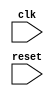
module behavioral_modeling_block (
    input wire clk, // clock signal
    input wire reset, // reset signal
    // add any other input/output ports here
    
);

// internal signals
reg prev_clk; // stores previous clock signal value
reg prev_reset; // stores previous reset signal value

// positive edge detection for clock signal
always @(posedge clk) begin
    // execute this block only when reset signal transitions from high to low
    if (reset == 1 && prev_reset == 0) begin
        // add your behavioral code here
        
    end
    prev_clk <= clk; // store current clock signal value in prev_clk
end

// negative edge detection for reset signal
always @(negedge reset) begin
    prev_reset <= reset; // store current reset signal value in prev_reset
end

endmodule